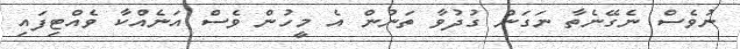
ނުވެސް ނެގޭނެތާ ނަގަން ގުދުވާ ތަނުން އެ މީހުން ވެސް އަނެއްކާ ވެއްޓިފައި